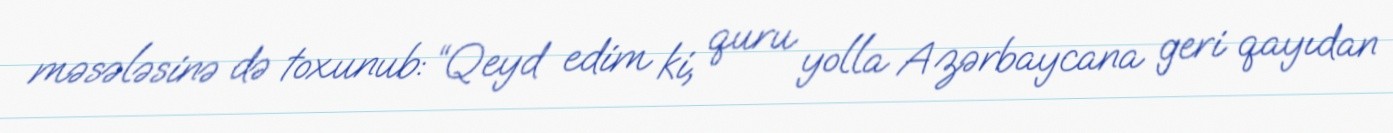
məsələsinə də toxunub: “Qeyd edim ki, quru yolla Azərbaycana geri qayıdan